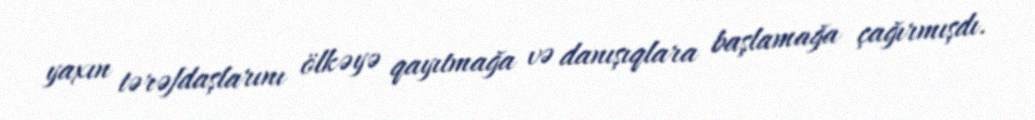
yaxın tərəfdaşlarını ölkəyə qayıtmağa və danışıqlara başlamağa çağırmışdı.